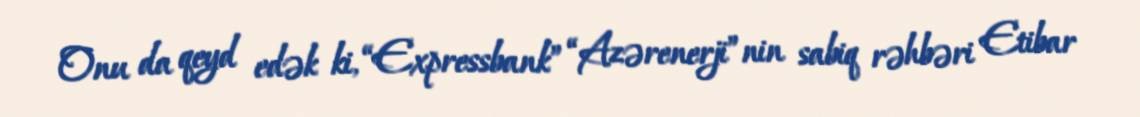
Onu da qeyd edək ki, “Expressbank” “Azərenerji”nin sabiq rəhbəri Etibar